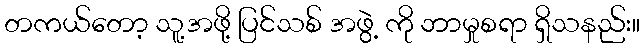
တကယ်တော့ သူ့အဖို့ ပြင်သစ် အဖွဲ့ ကို ဘာမှုစရာ ရှိသနည်း။